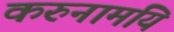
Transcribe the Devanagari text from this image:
करुनामयि